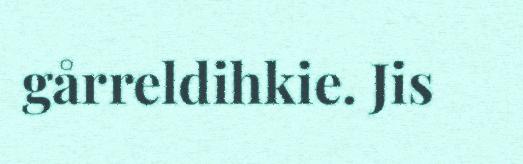
gårreldihkie. Jis